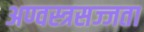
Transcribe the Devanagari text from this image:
अण्वस्त्रसज्जता